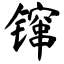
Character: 镩